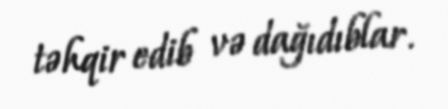
təhqir edib və dağıdıblar.